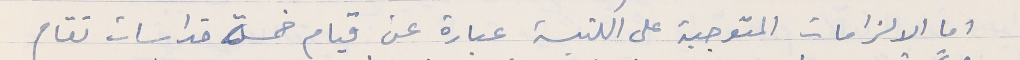
اما الالزامات المتوجبة على الكنيسة عبارة عن قيام خمسة قداسات تقام